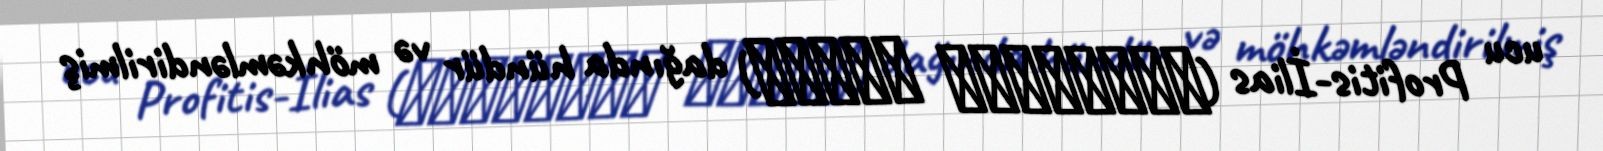
ucu Profitis-İlias (Προφήτης Ηλίας) dağında hündür və möhkəmləndirilmiş